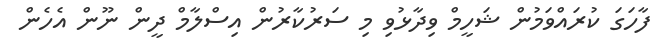
ފާހަގަ ކުރައްވަމުން ޝަހީމް ވިދާޅުވި މި ސަރުކާރުން އިސްލާމް ދީން ނޫން އެހެން